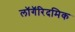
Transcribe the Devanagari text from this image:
लॉगॅरिदमिक